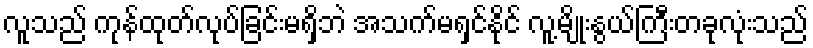
လူသည် ကုန်ထုတ်လုပ်ခြင်းမရှိဘဲ အသက်မရှင်နိုင် လူ့မျိုးနွယ်ကြီးတခုလုံးသည်